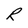
Character: R